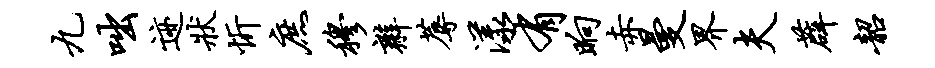
九咄迹状忻庶穆辫蓐漾有晌赤曼界夫薜韶